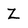
Character: Z